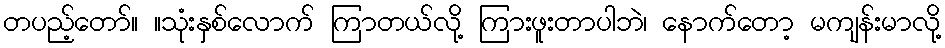
တပည့်တော်။ ။သုံးနှစ်လောက် ကြာတယ်လို့ ကြားဖူးတာပါဘဲ၊ နောက်တော့ မကျန်းမာလို့